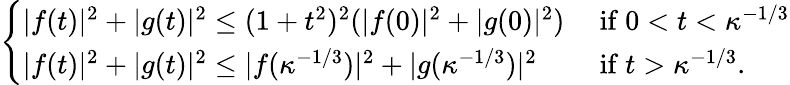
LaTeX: \begin{array}{r}{\left\{ \begin{array}{ll}{|f(t)|^{2}+|g(t)|^{2}\leq(1+t^{2})^{2}(|f(0)|^{2}+|g(0)|^{2})}&{\mathrm{~if~}0<t<\kappa^{-1/3}}\\ {|f(t)|^{2}+|g(t)|^{2}\leq|f(\kappa^{-1/3})|^{2}+|g(\kappa^{-1/3})|^{2}}&{\mathrm{~if~}t>\kappa^{-1/3}.}\end{array}\right.}\end{array}